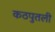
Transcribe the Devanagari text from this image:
कठपुतली